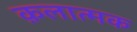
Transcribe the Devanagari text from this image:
क़लात्मक